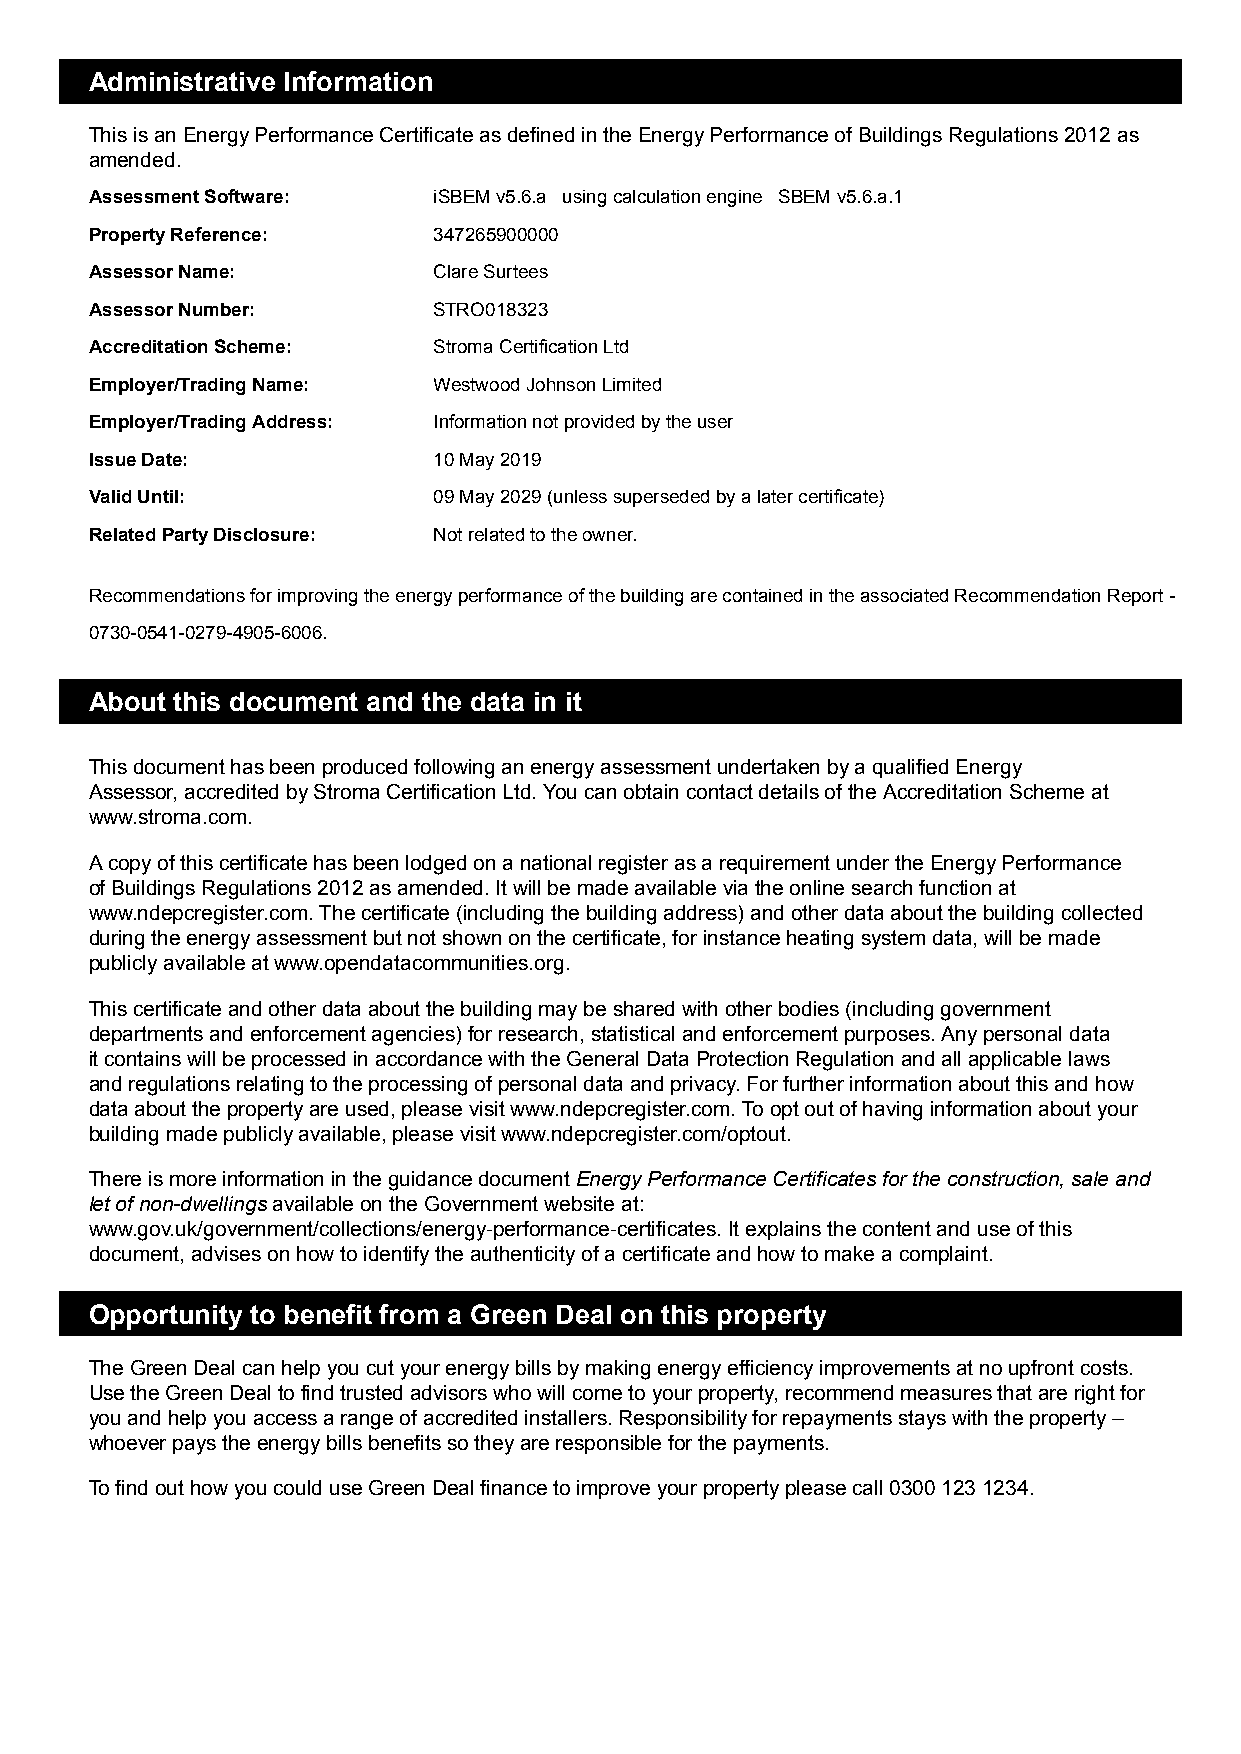
Administrative Information
 This is an Energy Performance Certificate as defined in the Energy Performance of Buildings Regulations 2012 as
 amended.
 Assessment Software:   iSBEM v5.6.a using calculation engine SBEM v5.6.a.1
 Property Reference:    347265900000
 Assessor Name:         Clare Surtees
 Assessor Number:       STRO018323
 Accreditation Scheme:  Stroma Certification Ltd
 Employer/Trading Name: Westwood Johnson Limited
 Employer/Trading Address: Information not provided by the user
 Issue Date:            10 May 2019
 Valid Until:           09 May 2029 (unless superseded by a later certificate)
 Related Party Disclosure: Not related to the owner.
 Recommendations for improving the energy performance of the building are contained in the associated Recommendation Report -
 0730-0541-0279-4905-6006.
 About this document and the data in it
 This document has been produced following an energy assessment undertaken by a qualified Energy
 Assessor, accredited by Stroma Certification Ltd. You can obtain contact details of the Accreditation Scheme at
 www.stroma.com.
 A copy of this certificate has been lodged on a national register as a requirement under the Energy Performance
 of Buildings Regulations 2012 as amended. It will be made available via the online search function at
 www.ndepcregister.com. The certificate (including the building address) and other data about the building collected
 during the energy assessment but not shown on the certificate, for instance heating system data, will be made
 publicly available at www.opendatacommunities.org.
 This certificate and other data about the building may be shared with other bodies (including government
 departments and enforcement agencies) for research, statistical and enforcement purposes. Any personal data
 it contains will be processed in accordance with the General Data Protection Regulation and all applicable laws
 and regulations relating to the processing of personal data and privacy. For further information about this and how
 data about the property are used, please visit www.ndepcregister.com. To opt out of having information about your
 building made publicly available, please visit www.ndepcregister.com/optout.
 There is more information in the guidance document Energy Performance Certificates for the construction, sale and
 let of non-dwellings available on the Government website at:
 www.gov.uk/government/collections/energy-performance-certificates. It explains the content and use of this
 document, advises on how to identify the authenticity of a certificate and how to make a complaint.
 Opportunity to benefit from a Green Deal on this property
 The Green Deal can help you cut your energy bills by making energy efficiency improvements at no upfront costs.
 Use the Green Deal to find trusted advisors who will come to your property, recommend measures that are right for
 you and help you access a range of accredited installers. Responsibility for repayments stays with the property –
 whoever pays the energy bills benefits so they are responsible for the payments.
 To find out how you could use Green Deal finance to improve your property please call 0300 123 1234.